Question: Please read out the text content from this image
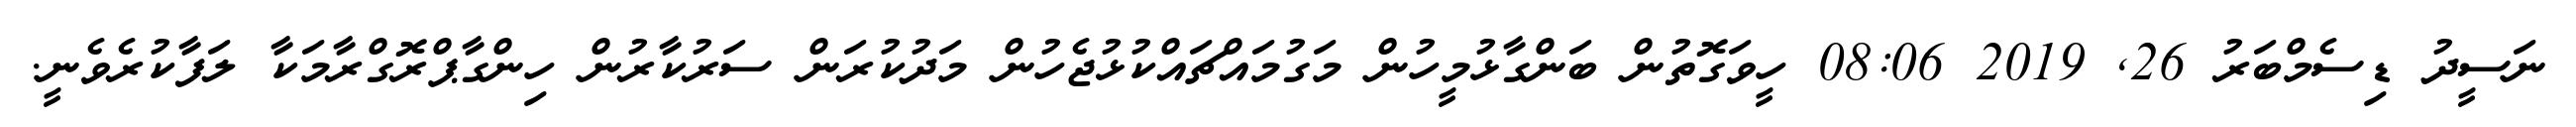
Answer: ނަސީދު ޑިސެމްބަރު 26, 2019 08:06 ހީވަގޮތުން ބަންގާޅުމީހުން މަގުމައްޗައްކުޅުޖެހުން މަދުކުރަން ސަރުކާރުން ހިންގާޕްރޮގްރާމަކާ ލަފާކުރެވެނީ.